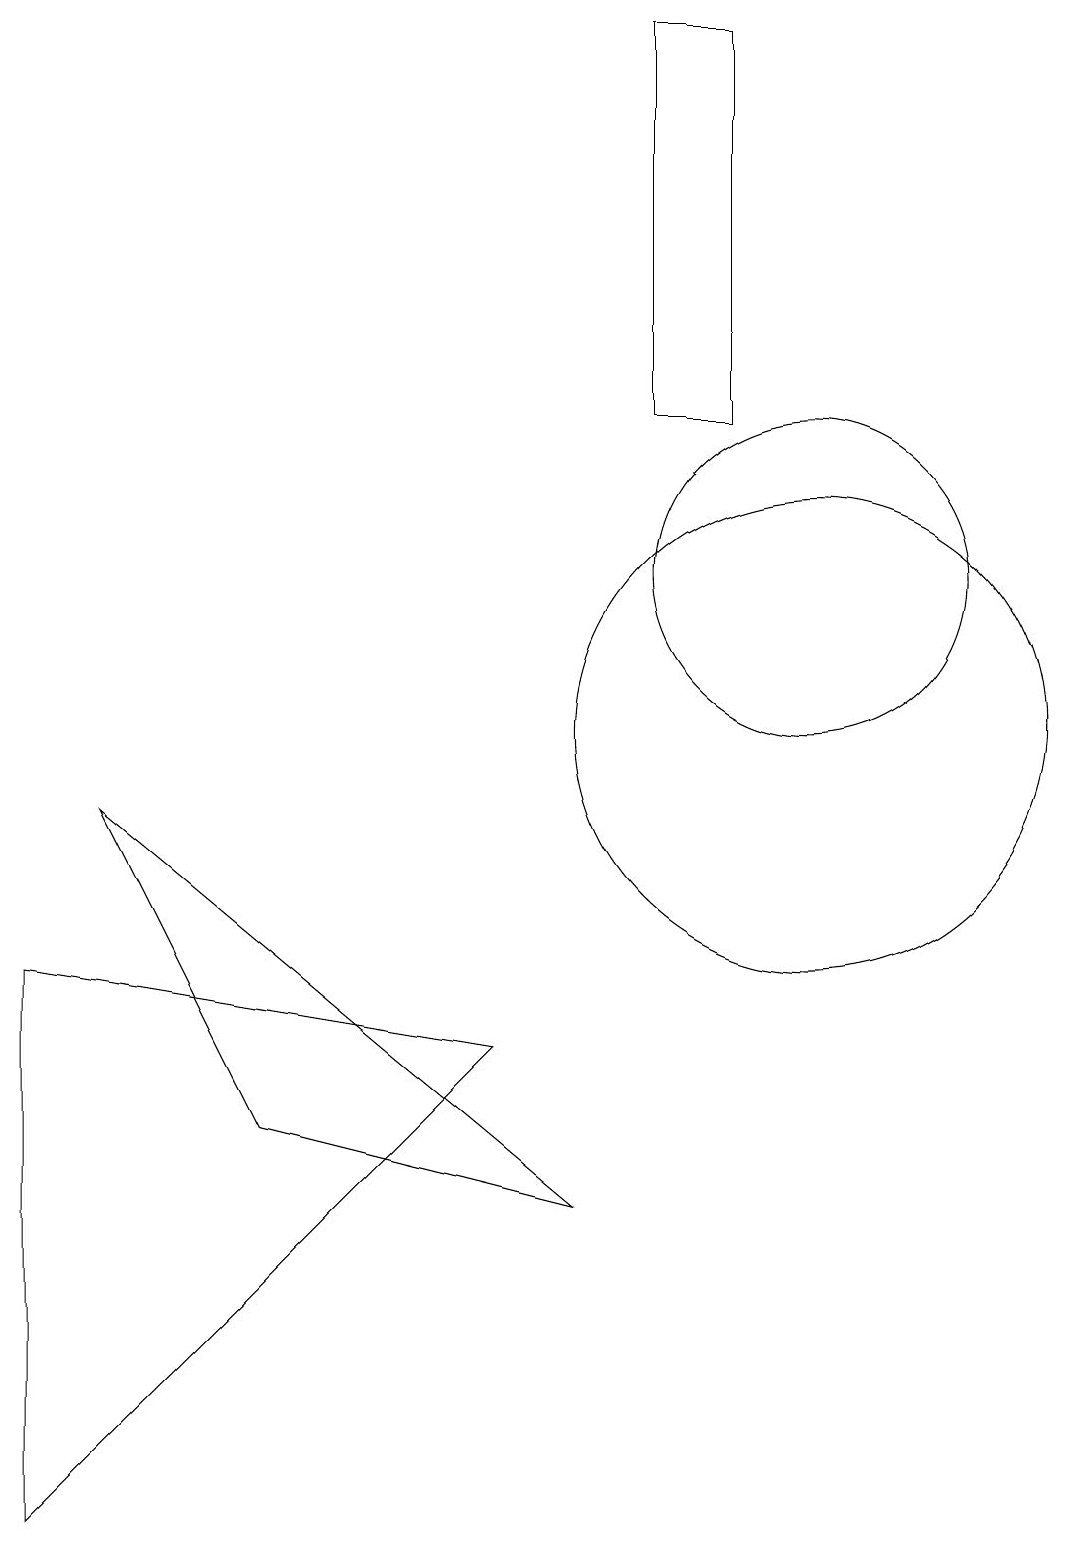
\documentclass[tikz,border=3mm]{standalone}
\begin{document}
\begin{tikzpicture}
\draw (0,7) -- (0,0) -- (6,6) -- cycle;
\draw (1,9) -- (3,5) -- (7,4) -- cycle;
\draw (10,10) circle (3);
\draw (8,14) rectangle (9,19);
\draw (10,12) circle (2);
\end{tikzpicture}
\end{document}